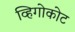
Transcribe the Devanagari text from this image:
व्हिगोकोट